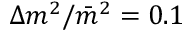
\Delta m ^ { 2 } / \bar { m } ^ { 2 } = 0 . 1